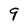
Character: 9